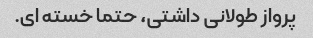
پرواز طولانی داشتی، حتما خسته ای.